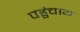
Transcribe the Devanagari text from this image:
पहुंचाय